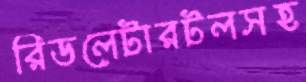
রিডলেটারটলসহ